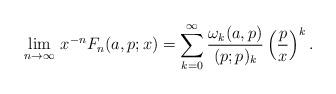
LaTeX: \begin{align*}\lim_{n\to\infty}\, x^{-n}F_{n}(a,p;x)=\sum_{k=0}^{\infty}\frac{\omega_{k}(a,p)}{(p;p)_{k}}\left(\frac{p}{x}\right)^{k}.\end{align*}